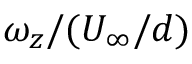
\omega _ { z } / ( U _ { \infty } / d )